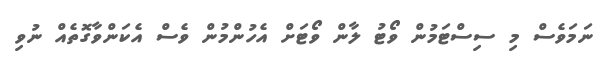
ނަމަވެސް މި ސިސްޓަމުން ވޯޓު ލާން ވޯޓަށް އެހުންމުން ވެސް އެކަންވާގޮތެއް ނުވި